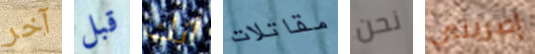
آخر قبل أنك مقاتلات نحن إضربني